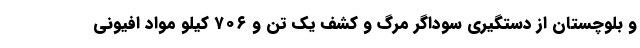
و بلوچستان از دستگیری سوداگر مرگ و کشف یک تن و ۷۰۶ کیلو مواد افیونی